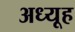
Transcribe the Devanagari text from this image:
अध्यूह